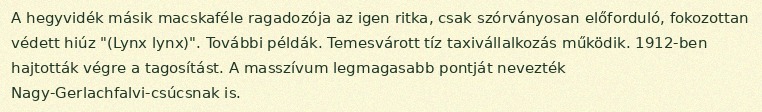
A hegyvidék másik macskaféle ragadozója az igen ritka, csak szórványosan előforduló, fokozottan védett hiúz "(Lynx lynx)". További példák. Temesvárott tíz taxivállalkozás működik. 1912-ben hajtották végre a tagosítást. A masszívum legmagasabb pontját nevezték Nagy-Gerlachfalvi-csúcsnak is.